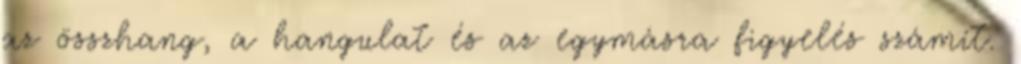
az összhang, a hangulat és az egymásra figyelés számít.